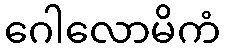
ဂေါလောမိကံ